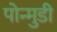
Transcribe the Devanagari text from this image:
पोन्मुडी